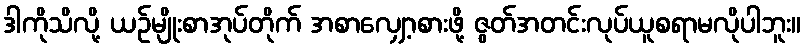
ဒါကိုသိလို့ ယဉ်မျိုးစာအုပ်တိုက် အစာလျှော့စားဖို့ ဇွတ်အတင်းလုပ်ယူစရာမလိုပါဘူး။